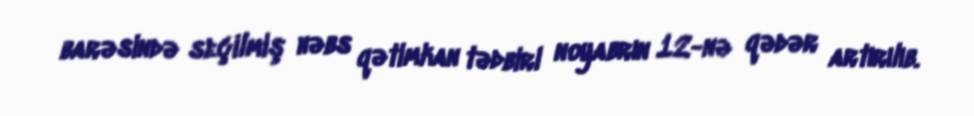
barəsində seçilmiş həbs qətimkan tədbiri noyabrın 12-nə qədər artırılıb.